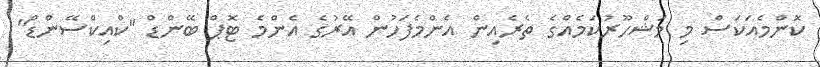
ކޮންމެއަކަސް މި މަޝްހޫރުކަމެއްގެ ތެރެއިން އެންމެފަހުން އޭރުގެ އެންމެ ޓޮޕް ބޭންޑް "ކްއިކްސޭންޑް"